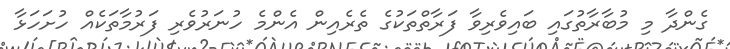
ގެންދާ މި މުބާރާތުގައި ބައިވެރިވާ ފަރާތްތަކުގެ ތެރެއިން އެންމެ ހުނަރުވެރި ފަރުމާތަކެއް ހުށަހަޅާ